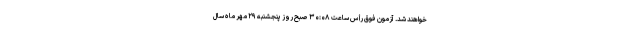
خواهند شد. آزمون فوق رأس ساعت ۳۰:۰۸ صبح روز پنجشنبه ۲۹ مهر ماه سال